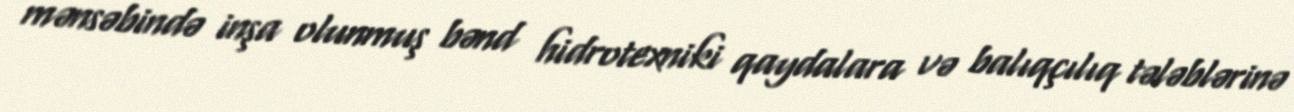
mənsəbində inşa olunmuş bənd hidrotexniki qaydalara və balıqçılıq tələblərinə